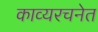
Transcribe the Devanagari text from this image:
काव्यरचनेत